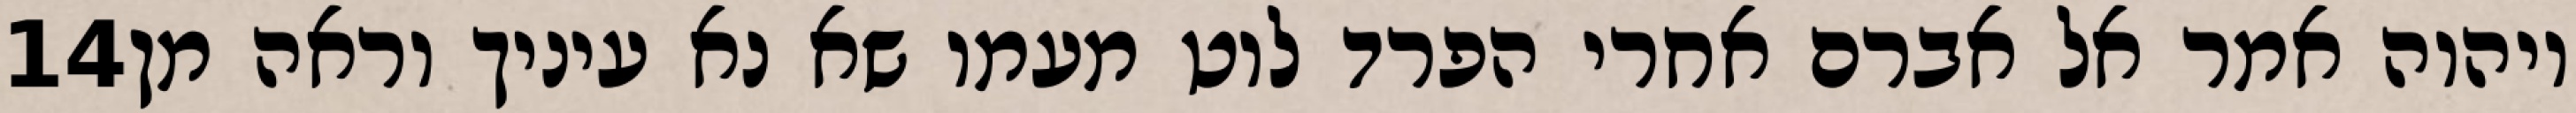
‎14‏ ויהוה אמר אל אברם אחרי הפרד לוט מעמו שא נא עיניך וראה מן